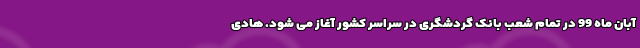
آبان ماه 99 در تمام شعب بانک گردشگری در سراسر کشور آغاز می شود. هادی